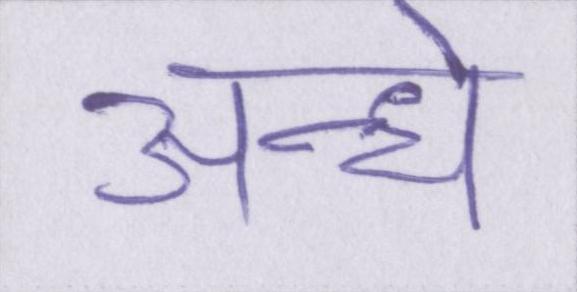
अन्धे